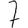
Digit: 7